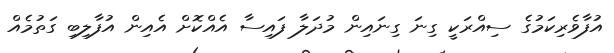
އުފާވެރިކަމުގެ ސިއްރަކީ ގިނަ ގިނައިން މުދަލާ ފައިސާ އެއްކޮށް އެއިން އުފާލިބި ގަތުމެެއް